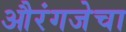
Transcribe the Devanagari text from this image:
औरंगजेचा